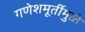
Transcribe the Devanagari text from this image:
गणेशमूर्तीमुळे